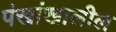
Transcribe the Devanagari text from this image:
पंखांखालील